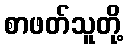
စာဖတ်သူတို့